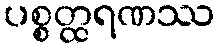
ပစ္စတ္ထရဏဿ